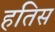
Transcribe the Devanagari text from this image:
हतिस